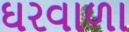
ઘરવાળા